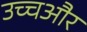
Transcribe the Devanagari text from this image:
उच्चऔर